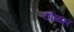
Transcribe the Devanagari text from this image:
होब्ब्स